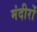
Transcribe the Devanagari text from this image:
मंदीरों